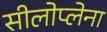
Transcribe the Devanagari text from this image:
सीलोप्लेना